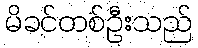
မိခင်တစ်ဦးသည်